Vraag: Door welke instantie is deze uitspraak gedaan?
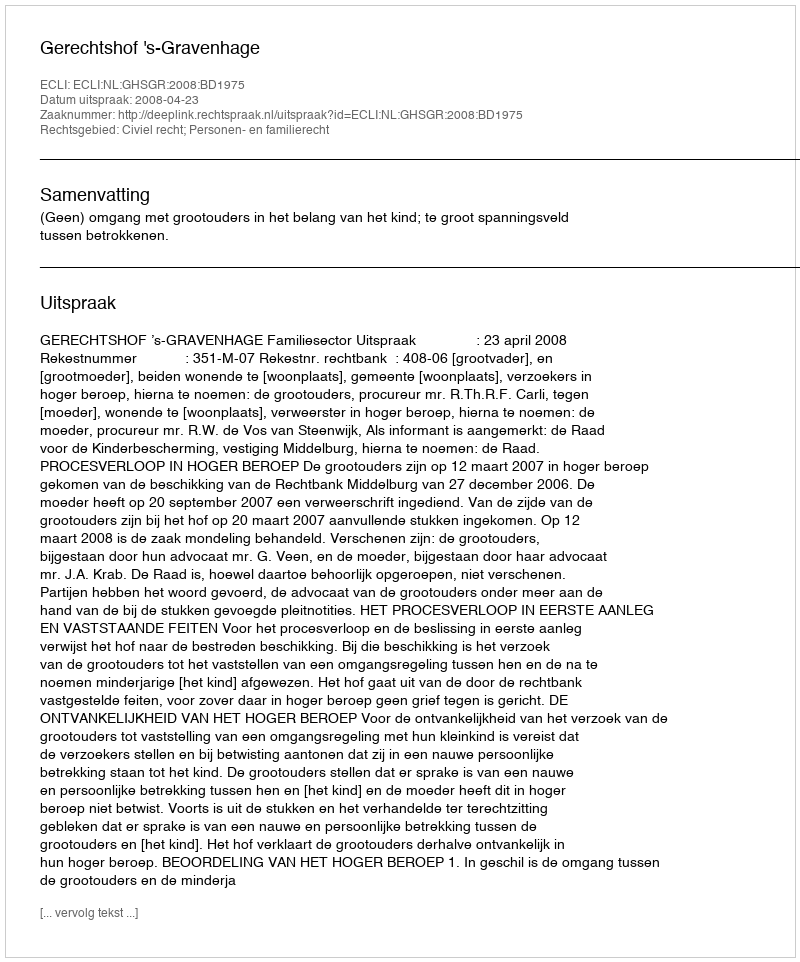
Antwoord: Gerechtshof 's-Gravenhage